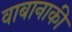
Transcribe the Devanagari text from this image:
वाबानाकी